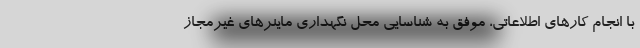
با انجام کارهای اطلاعاتی، موفق به شناسایی محل نگهداری ماینرهای غیرمجاز